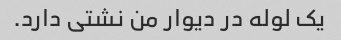
یک لوله در دیوار من نشتی دارد.